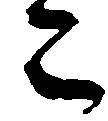
こ